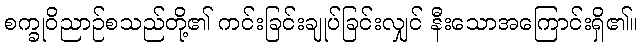
စက္ခုဝိညာဉ်စသည်တို့၏ ကင်းခြင်းချုပ်ခြင်းလျှင် နီးသောအကြောင်းရှိ၏။